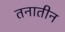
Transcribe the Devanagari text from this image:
तनातीन